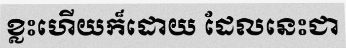
ខ្លះហើយក៏ដោយ ដែលនេះជា